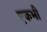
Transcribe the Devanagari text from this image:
एकभी